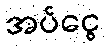
အပ်ငွေ